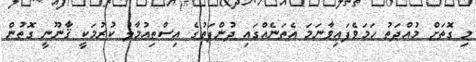
މި ގޮތަށް މުއްދަތު ހަމަވެފައިވާނަމަ އެތަނެއްގައި ދުންފަތުގެ އިސްތިޢުމާލު ކުރުމަކީ ޤާނޫނީ ގޮތުން